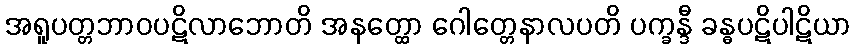
အရူပတ္တဘာဝပဋိလာဘောတိ အနတ္ထော ဂေါတ္တေနာလပတိ ပက္ခန္ဒီ ခန္ဓပဋိပါဋိယာ